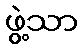
ဖွဲ့သာ